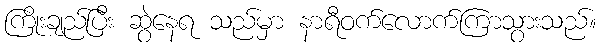
ကြိုးချည်ပြီး ဆွဲနေရ သည်မှာ နာရီဝက်လောက်ကြာသွားသည်။